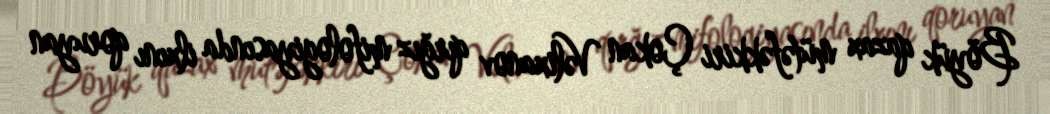
Böyük qazax mütəfəkkiri Çokan Vəlixanov qırğız mifologiyasında ilxını qoruyan